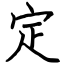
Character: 定